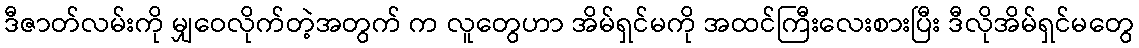
ဒီဇာတ်လမ်းကို မျှဝေလိုက်တဲ့အတွက် က လူတွေဟာ အိမ်ရှင်မကို အထင်ကြီးလေးစားပြီး ဒီလိုအိမ်ရှင်မတွေ